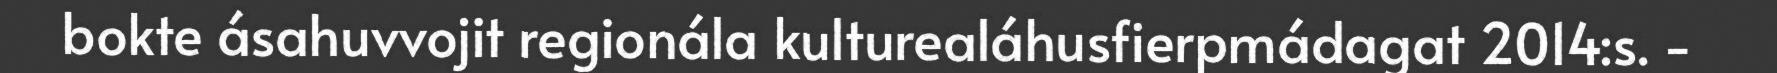
bokte ásahuvvojit regionála kulturealáhusfierpmádagat 2014:s. -